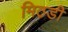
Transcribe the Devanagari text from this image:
मिठडी